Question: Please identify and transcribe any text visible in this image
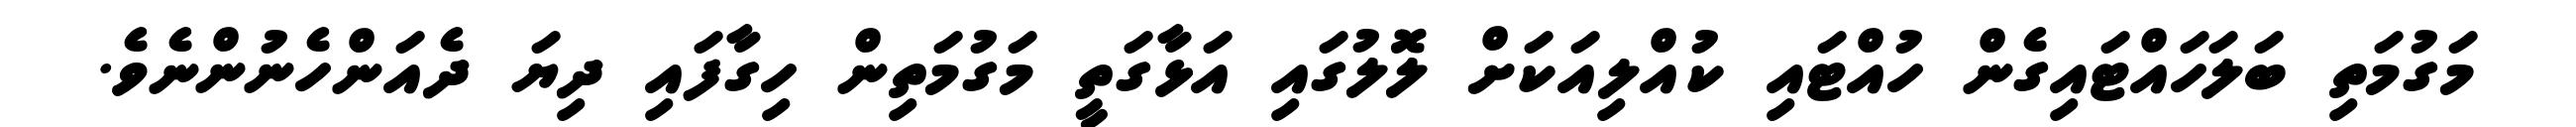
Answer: މަގުމަތި ބަލަހައްޓައިގެން ހުއްޓައި ކުއްލިއަކަށް ލޮލުގައި އަޅާގަތީ މަގުމަތިން ހިގާފައި ދިޔަ ދެއަންހެނުންނެވެ.